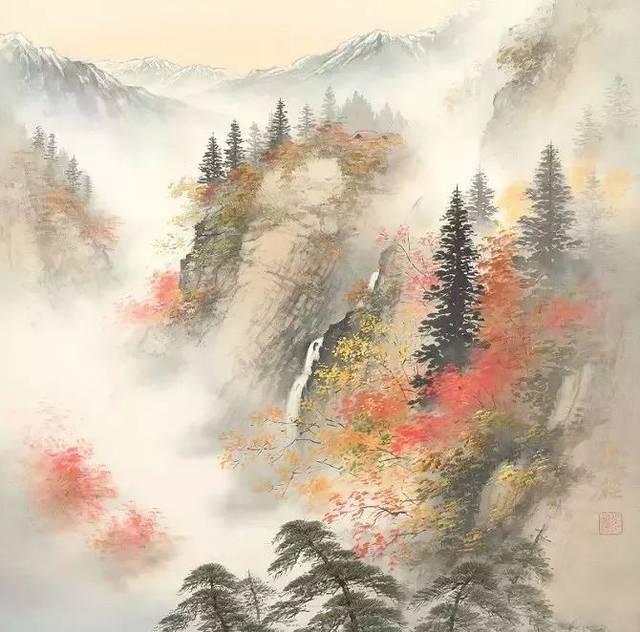
秋已尽，日犹长，仲宣怀远更凄凉。